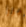
أبرز